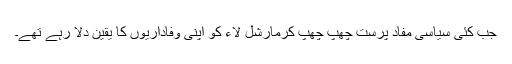
جب کئی سیاسی مفاد پرست چھپ چھپ کرمارشل لاء کو اپنی وفاداریوں کا یقین دلا رہے تھے۔